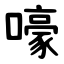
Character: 嚎